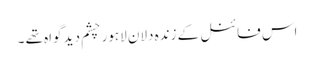
اس فائنل کے زندہ دلانِ لاہور چشم دید گواہ تھے ۔